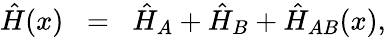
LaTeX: {\hat{H}}(x)\; \; =\; \; \hat{H}_{A}+\hat{H}_{B}+\hat{H}_{AB}(x),